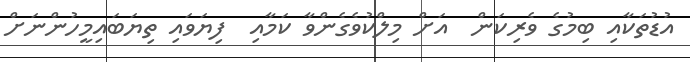
އުޑުތަކާއި ބިމުގެ ވެރިކަން  އަށް މިލްކުވެގެންވާ ކަމާއި  ފިޔަވައި ތިޔަބައިމީހުންނަށް